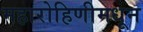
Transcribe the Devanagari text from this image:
महारोहिणीमधून